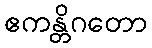
ဧကန္တိဂတော